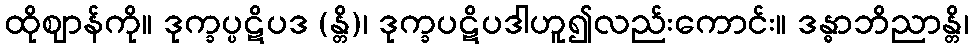
ထိုဈာန်ကို။ ဒုက္ခပ္ပဋိပဒ (န္တိ)၊ ဒုက္ခပဋိပဒါဟူ၍လည်းကောင်း။ ဒန္ဓာဘိညာန္တိ၊